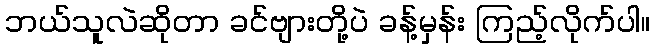
ဘယ်သူလဲဆိုတာ ခင်ဗျားတို့ပဲ ခန့်မှန်း ကြည့်လိုက်ပါ။